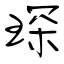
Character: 琛